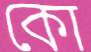
কো